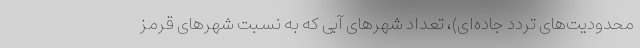
محدودیت‌های تردد جاده‌ای)، تعداد شهرهای آبی که به نسبت شهرهای قرمز